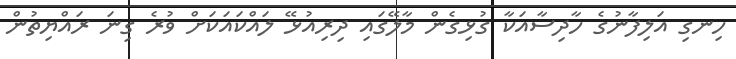
ހިނގި އަލިފާނުގެ ހާދިސާއަކާ ގުޅިގެން މާލޭގައި ދިރިއުޅޭ ލައްކައަކަށް ވުރެ ގިނަ ރައްޔިތުން